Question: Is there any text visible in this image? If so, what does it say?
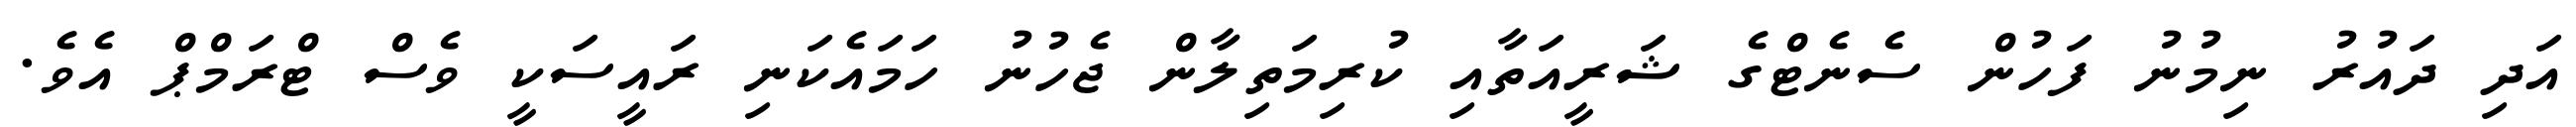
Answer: އަދި ދައުރު ނިމުނު ފަހުން ސެނެޓްގެ ޝަރީއަތާއި ކުރިމަތިލާން ޖެހުނު ހަމައެކަނި ރައީސަކީ ވެސް ޓްރަމްޕް އެވެ.